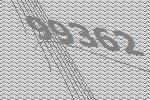
99362